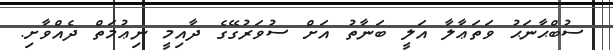
ސުބްޙާނަޙު ވަތަޢާލާ އަލީ ބަނާތު އަށް ސުވަރުގޭގެ ދާއިމީ ނިޢުމަތް ދެއްވާށި.